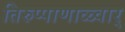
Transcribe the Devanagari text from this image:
तिरुप्पाणाळ्वार्